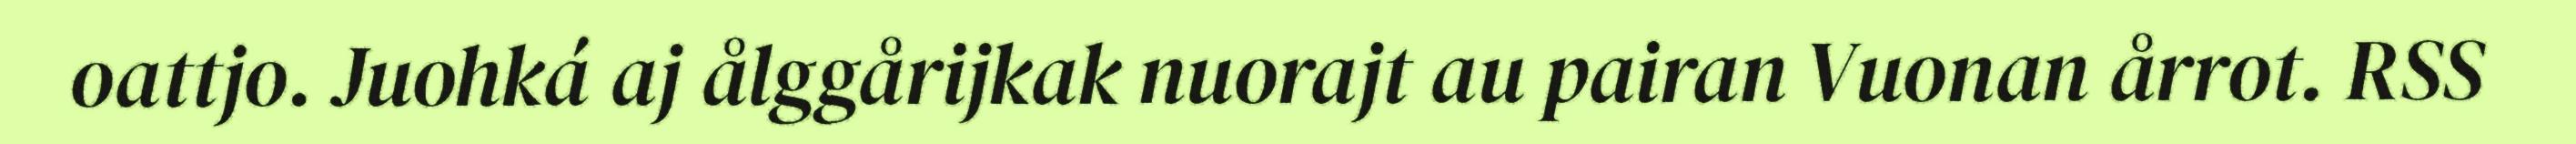
oattjo. Juohká aj ålggårijkak nuorajt au pairan Vuonan årrot. RSS